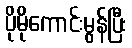
ပိုမိုကောင်းမွန်ပြီး